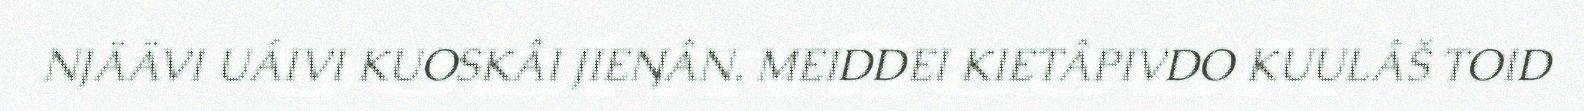
NJÄÄVI UÁIVI KUOSKÂI JIEŊÂN. MEIDDEI KIETÂPIVDO KUULÂŠ TOID